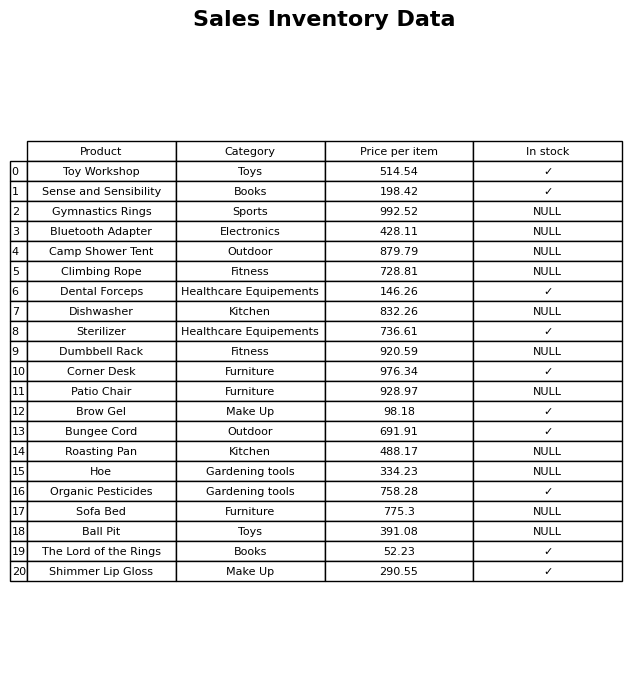
question: What is the stock status of the Dumbbell Rack?
answer: NULL